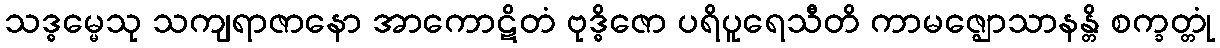
သဒ္ဓမ္မေသု သကျရာဇာနော အာကောဋိတံ ဗုဒ္ဓိဇော ပရိပူရေသီတိ ကာမဇ္ဈောသာနန္တိ စက္ခတ္တုံ